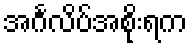
အင်္ဂလိပ်အစိုးရက